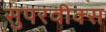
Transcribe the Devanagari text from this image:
सुपरवीक्स